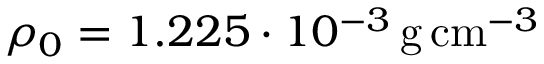
\rho _ { 0 } = 1 . 2 2 5 \cdot 1 0 ^ { - 3 } \, \mathrm { g \, c m } ^ { - 3 }